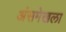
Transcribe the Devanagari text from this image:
अंसमेखला